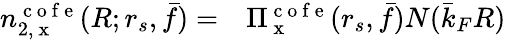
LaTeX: \begin{array}{rl}{n_{2,\mathrm{~x~}}^{\mathrm{~c~o~f~e~}}(R;r_{s},\bar{f})=}&{{}\Pi_{\mathrm{~x~}}^{\mathrm{~c~o~f~e~}}(r_{s},\bar{f})N(\bar{k}_{F}R)}\end{array}